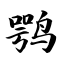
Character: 鹗